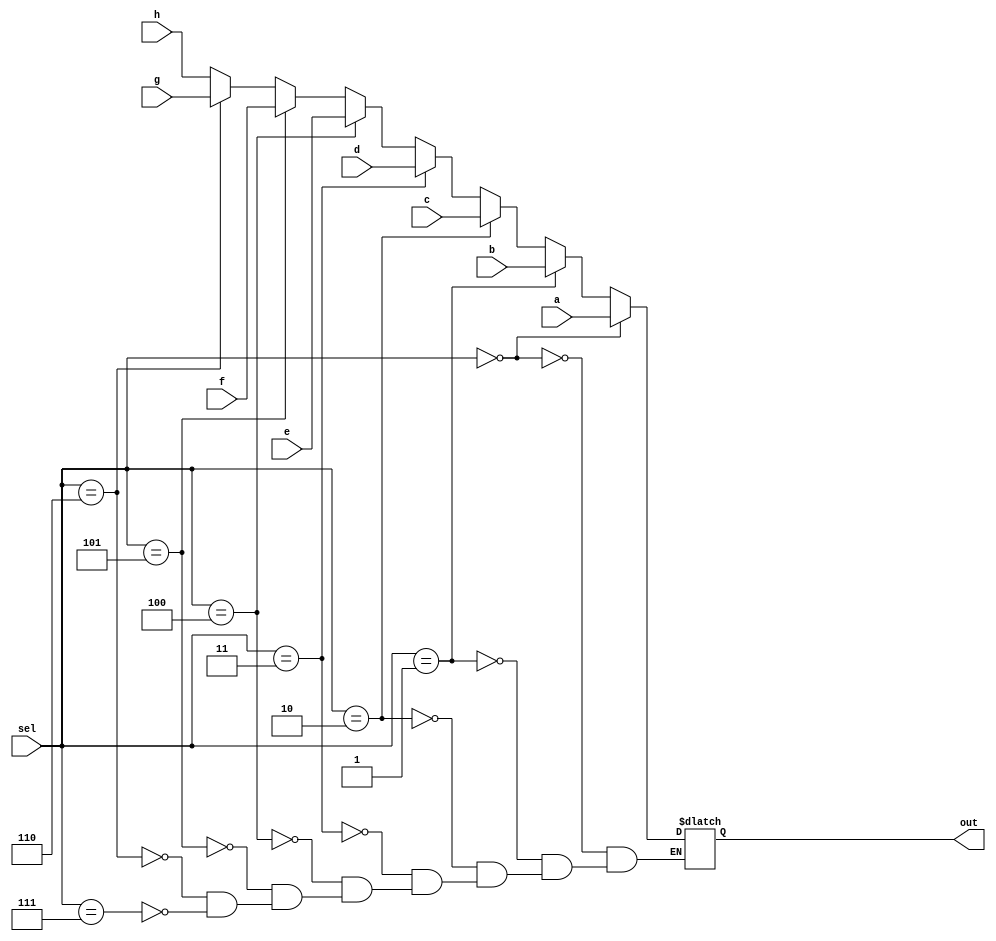
`timescale 1ns / 1ps
//////////////////////////////////////////////////////////////////////////////////
// Company: 
// Engineer: 
// 
// Design Name: 
// Module Name:    mux328 
// Project Name: 
// Target Devices: 
// Tool versions: 
// Description: 
//
// Dependencies: 
//
// Revision: 
// Revision 0.01 - File Created
// Additional Comments: 
//
//////////////////////////////////////////////////////////////////////////////////
module mux328(a,b,c,d,e,f,g,h,sel,out);
	input [31:0] a,b,c,d,e,f,g,h;
	input [2:0] sel;
	output reg [31:0] out ;
	always @(*) begin
		if(sel==0) out<=a;
		else if(sel==1) out<=b;
		else if(sel==2) out<=c;
		else if(sel==3) out<=d;
		else if(sel==4) out<=e;
		else if(sel==5) out<=f;
		else if(sel==6) out<=g;
		else if(sel==7) out<=h;
	end


endmodule